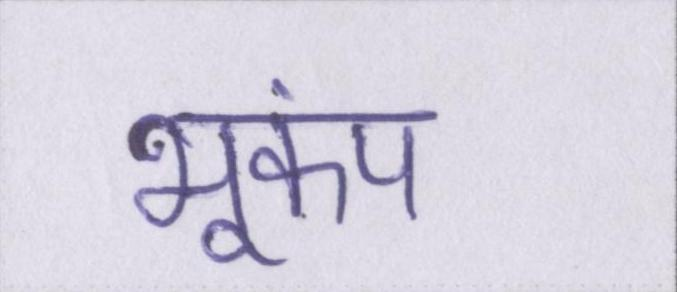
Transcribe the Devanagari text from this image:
भूकंप